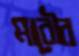
মাবৌর